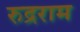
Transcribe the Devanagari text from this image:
रुद्रराम